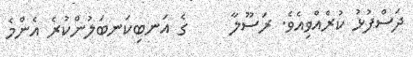
ދަސްފުޅު ކުރެއްވިއެވެ. ރަސޫލާ     ގެ އަނބިކަނބަލުންކުރެ އެންމެ